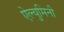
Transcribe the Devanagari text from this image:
ऐल्युमिनी